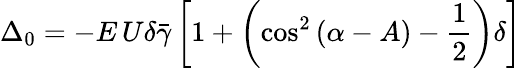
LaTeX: \Delta_{0}=-E\, U\delta\bar{\gamma}\left[1+\left(\cos^{2}\left(\alpha-A\right)-\frac{1}{2}\right)\delta\right]